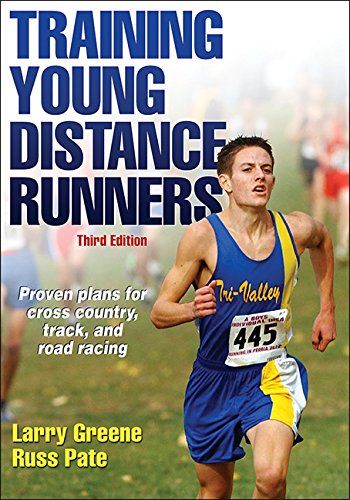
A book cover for Training Young Distance Runners-3rd Edition; Larry Greene; Health, Fitness & Dieting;